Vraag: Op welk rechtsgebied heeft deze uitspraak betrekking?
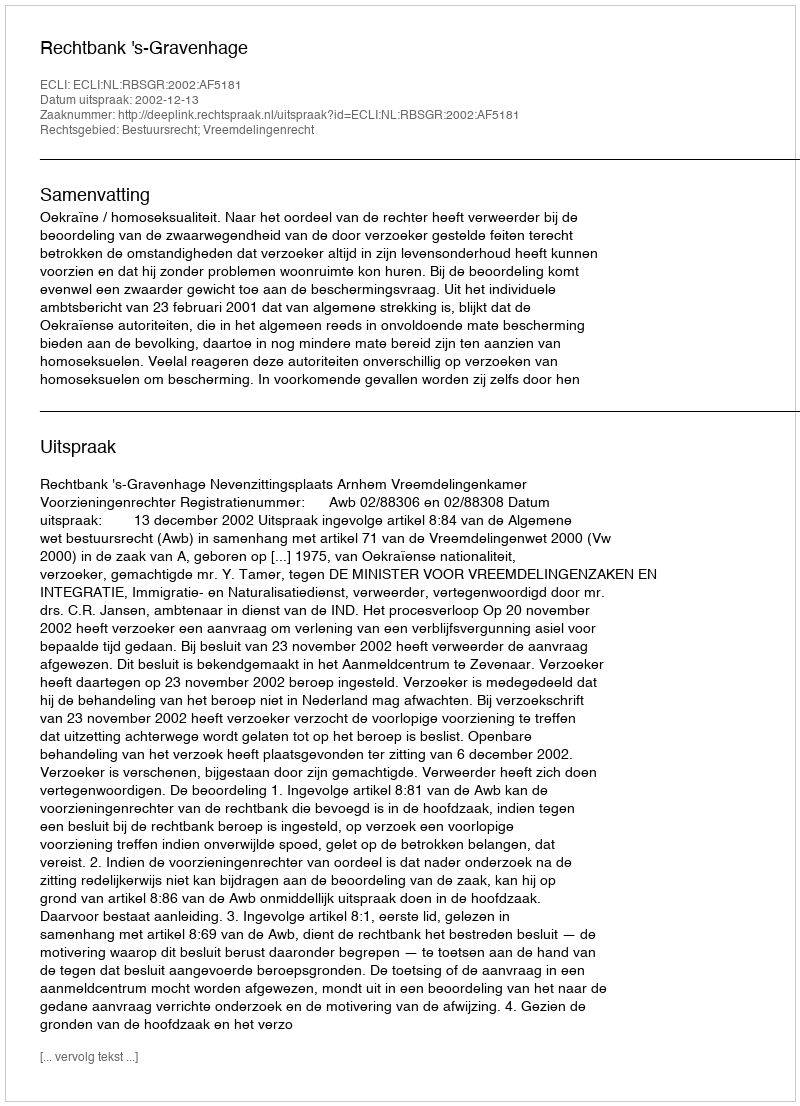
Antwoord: Bestuursrecht; Vreemdelingenrecht